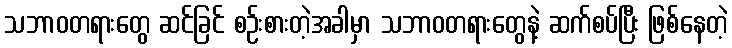
သဘာဝတရားတွေ ဆင်ခြင် စဉ်းစားတဲ့အခါမှာ သဘာဝတရားတွေနဲ့ ဆက်စပ်ပြီး ဖြစ်နေတဲ့